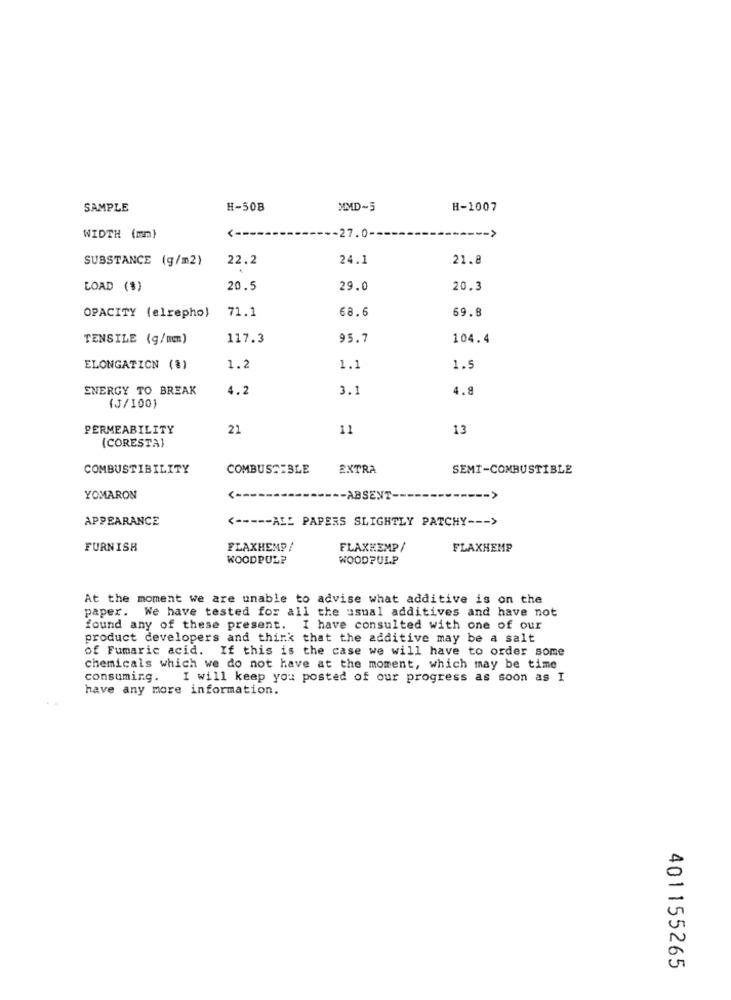
SAMPLE
H-508
MMD-5
H-1007
<-
WIDTH (mm)
-27.0-
SUBSTANCE (g/m2)
22.2
24.1
21.8
LOAD ($)
20.5
29.0
20.3
71.1
68.6
69.8
OPACITY (elrepho)
TENSILE (g/mm)
117.3
95.7
104.4
ELONGATION (%)
1.2
1.1
1.5
ENERGY TO BREAK
4.2
3.1
1.8
(3/100)
PERMEABILITY
21
11
13
(CORESTA)
COMBUSTIBILITY
COMBUSTIBLE
EXTRA
SEMI-COMBUSTIBLE
YOMARON
-ABSENT-
APPEARANCE
<----- ALL PAPERS SLIGHTLY PATCHY --- >
FURNISH
FLAXHEMP/
FLAXKEMP /
FLAXHEMP
KOODPUL?
WOODPULP
At the moment we are unable to advise what additive is on the
paper. We have tested for all the usual additives and have not
found any of these present. I have consulted with one of our
product developers and think that the additive may be a salt
of Fumaric acid. If this is the case we will have to order some
chemicals which we do not have at the moment, which may be time
consuming. I will keep you posted of our progress as soon as I
have any more information.
401155265